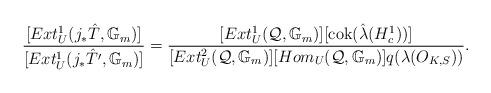
LaTeX: \begin{align*}\frac{[Ext^1_U(j_{*}\hat{T},\mathbb{G}_m)]}{[Ext^1_U(j_{*}\hat{T}',\mathbb{G}_m)]}=\frac{[Ext^1_U(\mathcal{Q},\mathbb{G}_m)][\mathrm{cok}(\hat{\lambda}(H^1_c))]}{[Ext^2_U(\mathcal{Q},\mathbb{G}_m)][Hom_U(\mathcal{Q},\mathbb{G}_m)] q(\lambda(O_{K,S}))}.\end{align*}